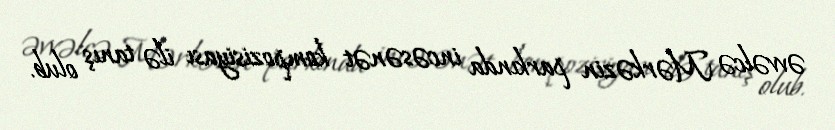
əvvəlcə Mərkəzin parkında incəsənət kompozisiyası ilə tanış olub.